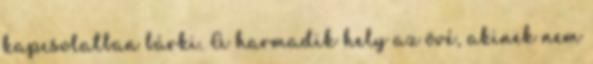
kapcsolatban bárki. A harmadik hely az övé, akinek nem